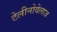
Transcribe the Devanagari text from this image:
टेलीनोवेलाज